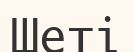
Шеті